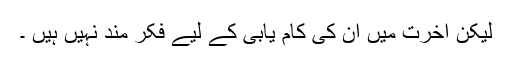
لیکن آخرت میں ان کی کام یابی کے لیے فکر مند نہیں ہیں ۔